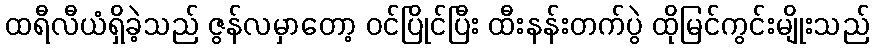
ထရီလီယံရှိခဲ့သည် ဇွန်လမှာတော့ ဝင်ပြိုင်ပြီး ထီးနန်းတက်ပွဲ ထိုမြင်ကွင်းမျိုးသည်